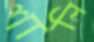
শালি